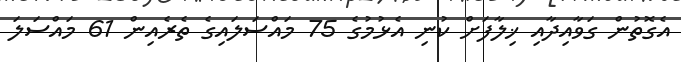
އެގޮތުން ގަވާއިދާއި ޚިލާފަށް ކުނި އެޅުމުގެ 75 މައްސަލައިގެ ތެރެއިން 61 މައްސަލަ